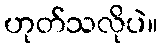
ဟုတ်သလိုပဲ။